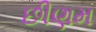
છીણમ